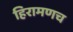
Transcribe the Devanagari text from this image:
हिरामणच